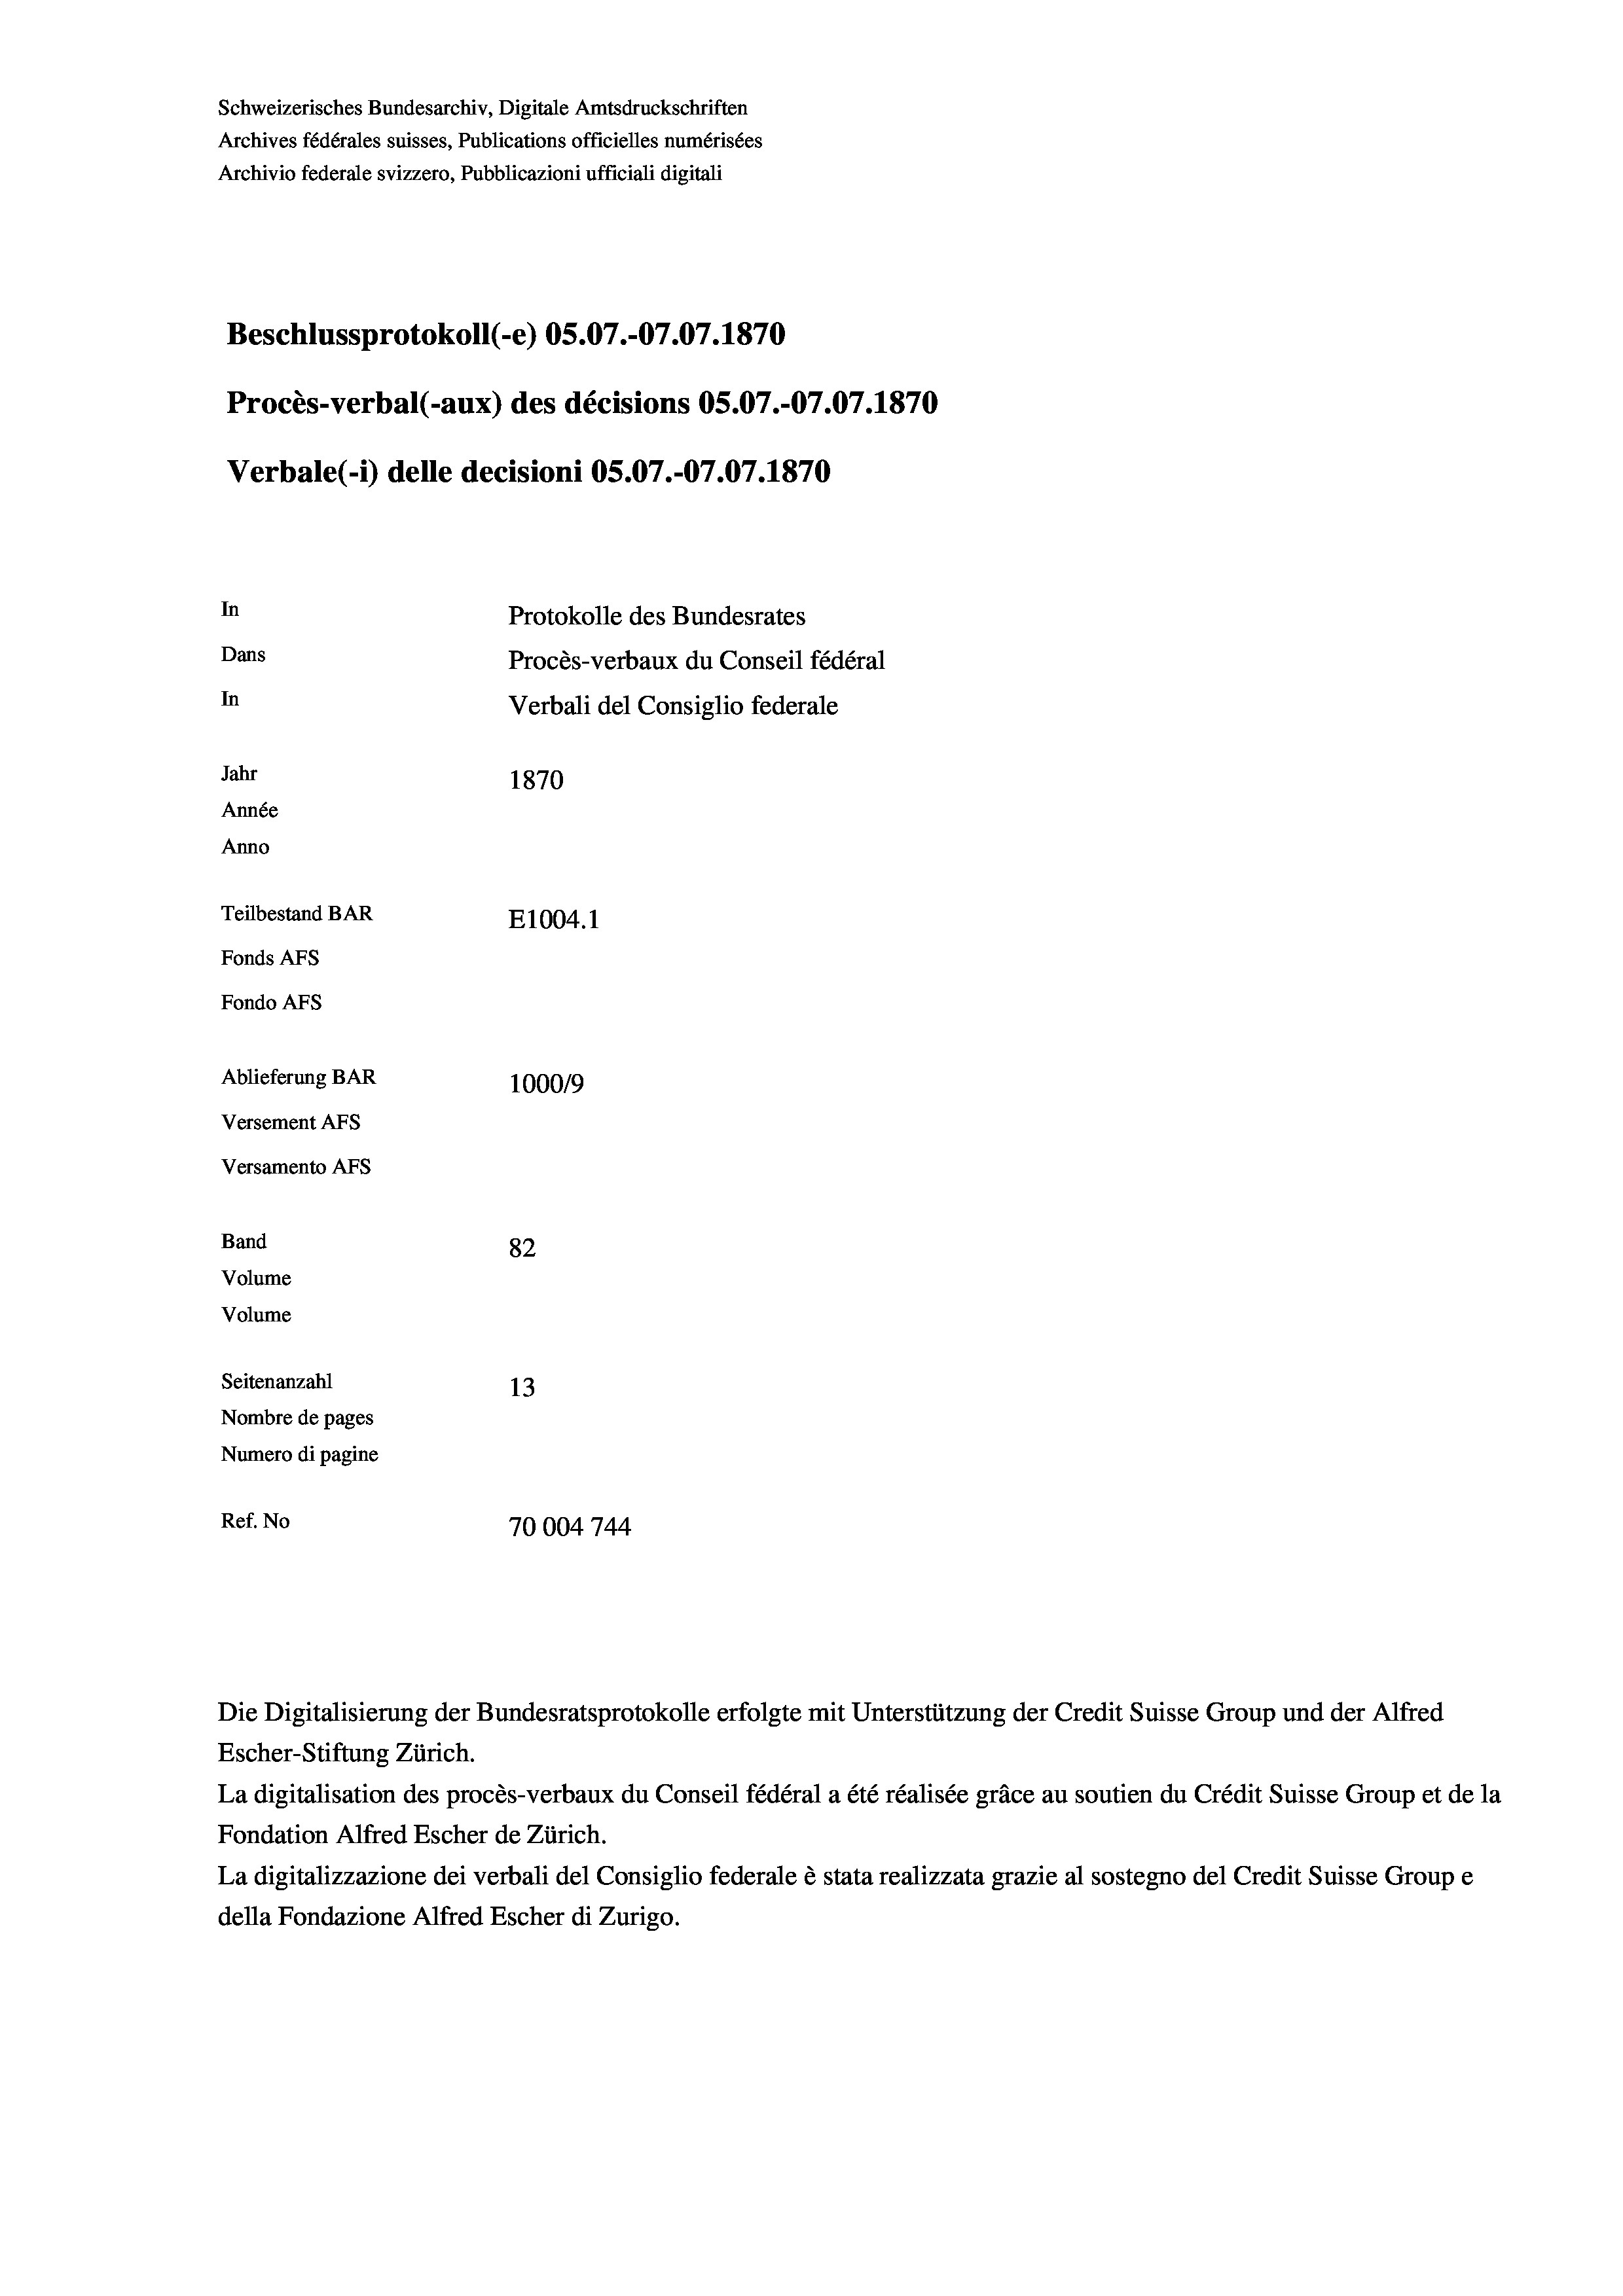
Schweizerisches Bundesarchiv, Digitale Amtsdruckschriften
Archives fédérales suisses, Publications officielles numérisées
Archivio federale svizzero, Pubblicazioni ufficiali digitali
Beschlussprotokoll (-e) OS.07.-07.07. 1870
Procès-verbal (-aux) des décisions OS.07.-07.07. 1870
Verbale (1) delle decisioni OS.07.-07.07. 1870
In
Protokolle des Bundesrates
Dans
Procès-verbaux du Conseil fédéral
In
Verbali del Consiglio federale
Jahr
1870
Année
Anno
Teilbestand BAR
E1004. 1
Fonds AFs
Fondo AFS
Ablieferung BAR
100019
Versement AFs
Versamento AFs
Band
82
Volume
Volume
Seitenanzahl
13
Nombre de pages
Numero di pagine
Ref. No
70004 744

Escher-Stiftung Zürich.
La digitalisation des procès-verbaux du Conseil fédéral a été réalisée gräce au soutien du Crédit Suisse Group et de la
Fondation Alfred Escher de Zürich.
La digitalizzazione dei verbali del Consiglio federale è stata realizzata grazie al sostegno del Credit Suisse Groupe
della Fondazione Alfred Escher di Zurigo.

Die Digitalisierung der Bundesratsprotokolle erfolgte mit Unterstützung der Credit Suisse Group und der Alfred